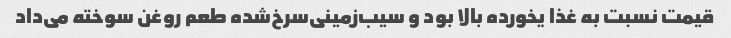
قیمت نسبت به غذا یخورده بالا بود و سیب‌زمینی‌سرخ‌شده طعم روغن سوخته می‌داد